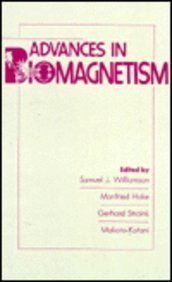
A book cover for Advances in Biomagnetism (International Conference on Biomagnetism//Proceedings); Samual J. Williamson; Science & Math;